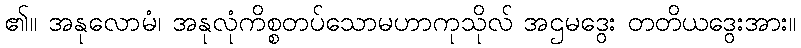
၏။ အနုလောမံ၊ အနုလုံကိစ္စတပ်သောမဟာကုသိုလ် အဌမဒွေး တတိယဒွေးအား။